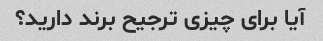
آیا برای چیزی ترجیح برند دارید؟